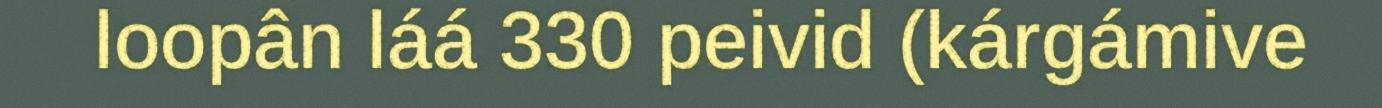
loopân láá 330 peivid (kárgámive